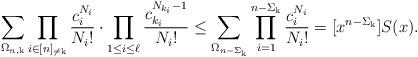
LaTeX: \begin{align*}\sum_{\Omega_{n,\mathrm{k}}}\prod_{i\in[n]_{\neq\mathrm{k}} } \frac{c_i^{N_i}}{N_i!}\cdot \prod_{1\le i\le \ell} \frac{c_{k_i}^{N_{k_i}-1}}{N_i!}&\le \sum_{\Omega_{n-\Sigma_{\mathrm{k}}}} \prod_{i=1}^{n-\Sigma_{\mathrm{k}}} \frac{c_i^{N_i}}{N_i!} = [x^{n-\Sigma_{\mathrm{k}}}]S(x).\end{align*}